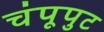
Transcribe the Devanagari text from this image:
चंपूपुट